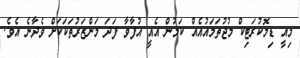
މިއީ ޑިމޮކުރަޓިކް މުޖުތަމައުއެއް ކަމުން އެއީ އުފާވާ ފަދަ މަންޒަރުތަކަކަށް ވެދާނެ އެވެ.